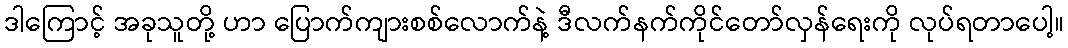
ဒါကြောင့် အခုသူတို့ ဟာ ပြောက်ကျားစစ်လောက်နဲ့ ဒီလက်နက်ကိုင်တော်လှန်ရေးကို လုပ်ရတာပေါ့။